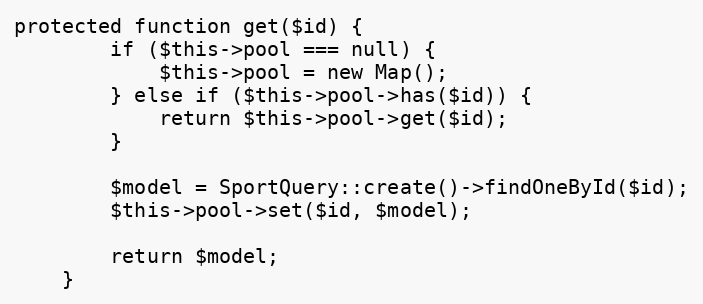
Language: PHP
protected function get($id) {
		if ($this->pool === null) {
			$this->pool = new Map();
		} else if ($this->pool->has($id)) {
			return $this->pool->get($id);
		}

		$model = SportQuery::create()->findOneById($id);
		$this->pool->set($id, $model);

		return $model;
	}